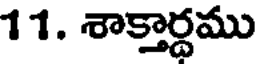
11. శాక్తార్ధము